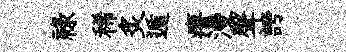
禄稀炙遁瘠漫聲誇